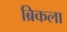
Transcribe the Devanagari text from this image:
ब्रिकला